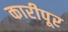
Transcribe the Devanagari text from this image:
कारीपूर